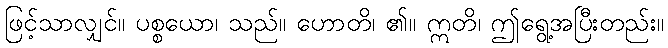
ဖြင့်သာလျှင်။ ပစ္စယော၊ သည်။ ဟောတိ၊ ၏။ ဣတိ၊ ဤရွေ့အပြီးတည်း။